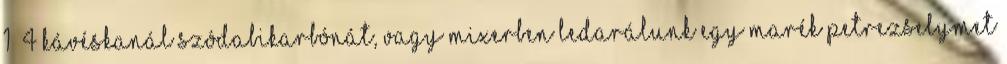
1 4 kávéskanál szódabikarbónát, vagy mixerben ledarálunk egy marék petrezselymet